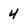
Character: 4